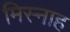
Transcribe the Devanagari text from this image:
मिस्नाह